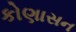
કોણાસન